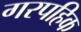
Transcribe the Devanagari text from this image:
गरपहिक